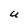
Character: U